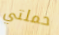
حملتي